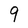
Character: 9